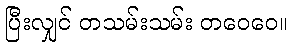
ပြီးလျှင် တသမ်းသမ်း တဝေဝေ။